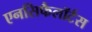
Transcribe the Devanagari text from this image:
एनसिफैलॉर्टस